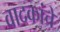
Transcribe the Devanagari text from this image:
वादकांचे